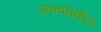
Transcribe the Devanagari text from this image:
गवतामधील